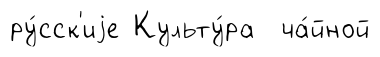
ру́сск'иjе Культу́ра ча́йной